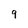
Character: 9